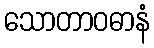
သောတာဝဓာနံ